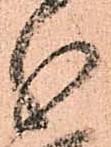
分